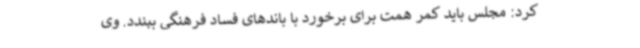
کرد: مجلس باید کمر همت برای برخورد با باندهای فساد فرهنگی ببندد. وی